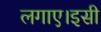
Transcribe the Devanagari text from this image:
लगाए।इसी